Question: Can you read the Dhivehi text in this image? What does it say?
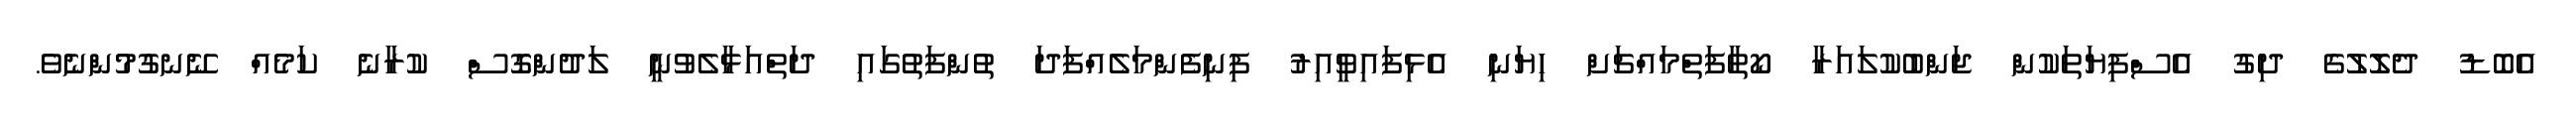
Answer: އެބޮޑު ދެލޮލުގެ ދިގު އެސްފިޔަތަކުން ޖަންބުކުލައަރާ ކޯތާފަތްމައްޗަށް ހިޔަނި އެޅިފައިވީއިރު ފިނިފެންމަލެއްފަދަ ތުންފަތުގައި ދަތްއަޅާލެވުނީ ލަދުންގޮސް ކުރާނެ ކަމެއް ނޭނގުމުންނެވެ.